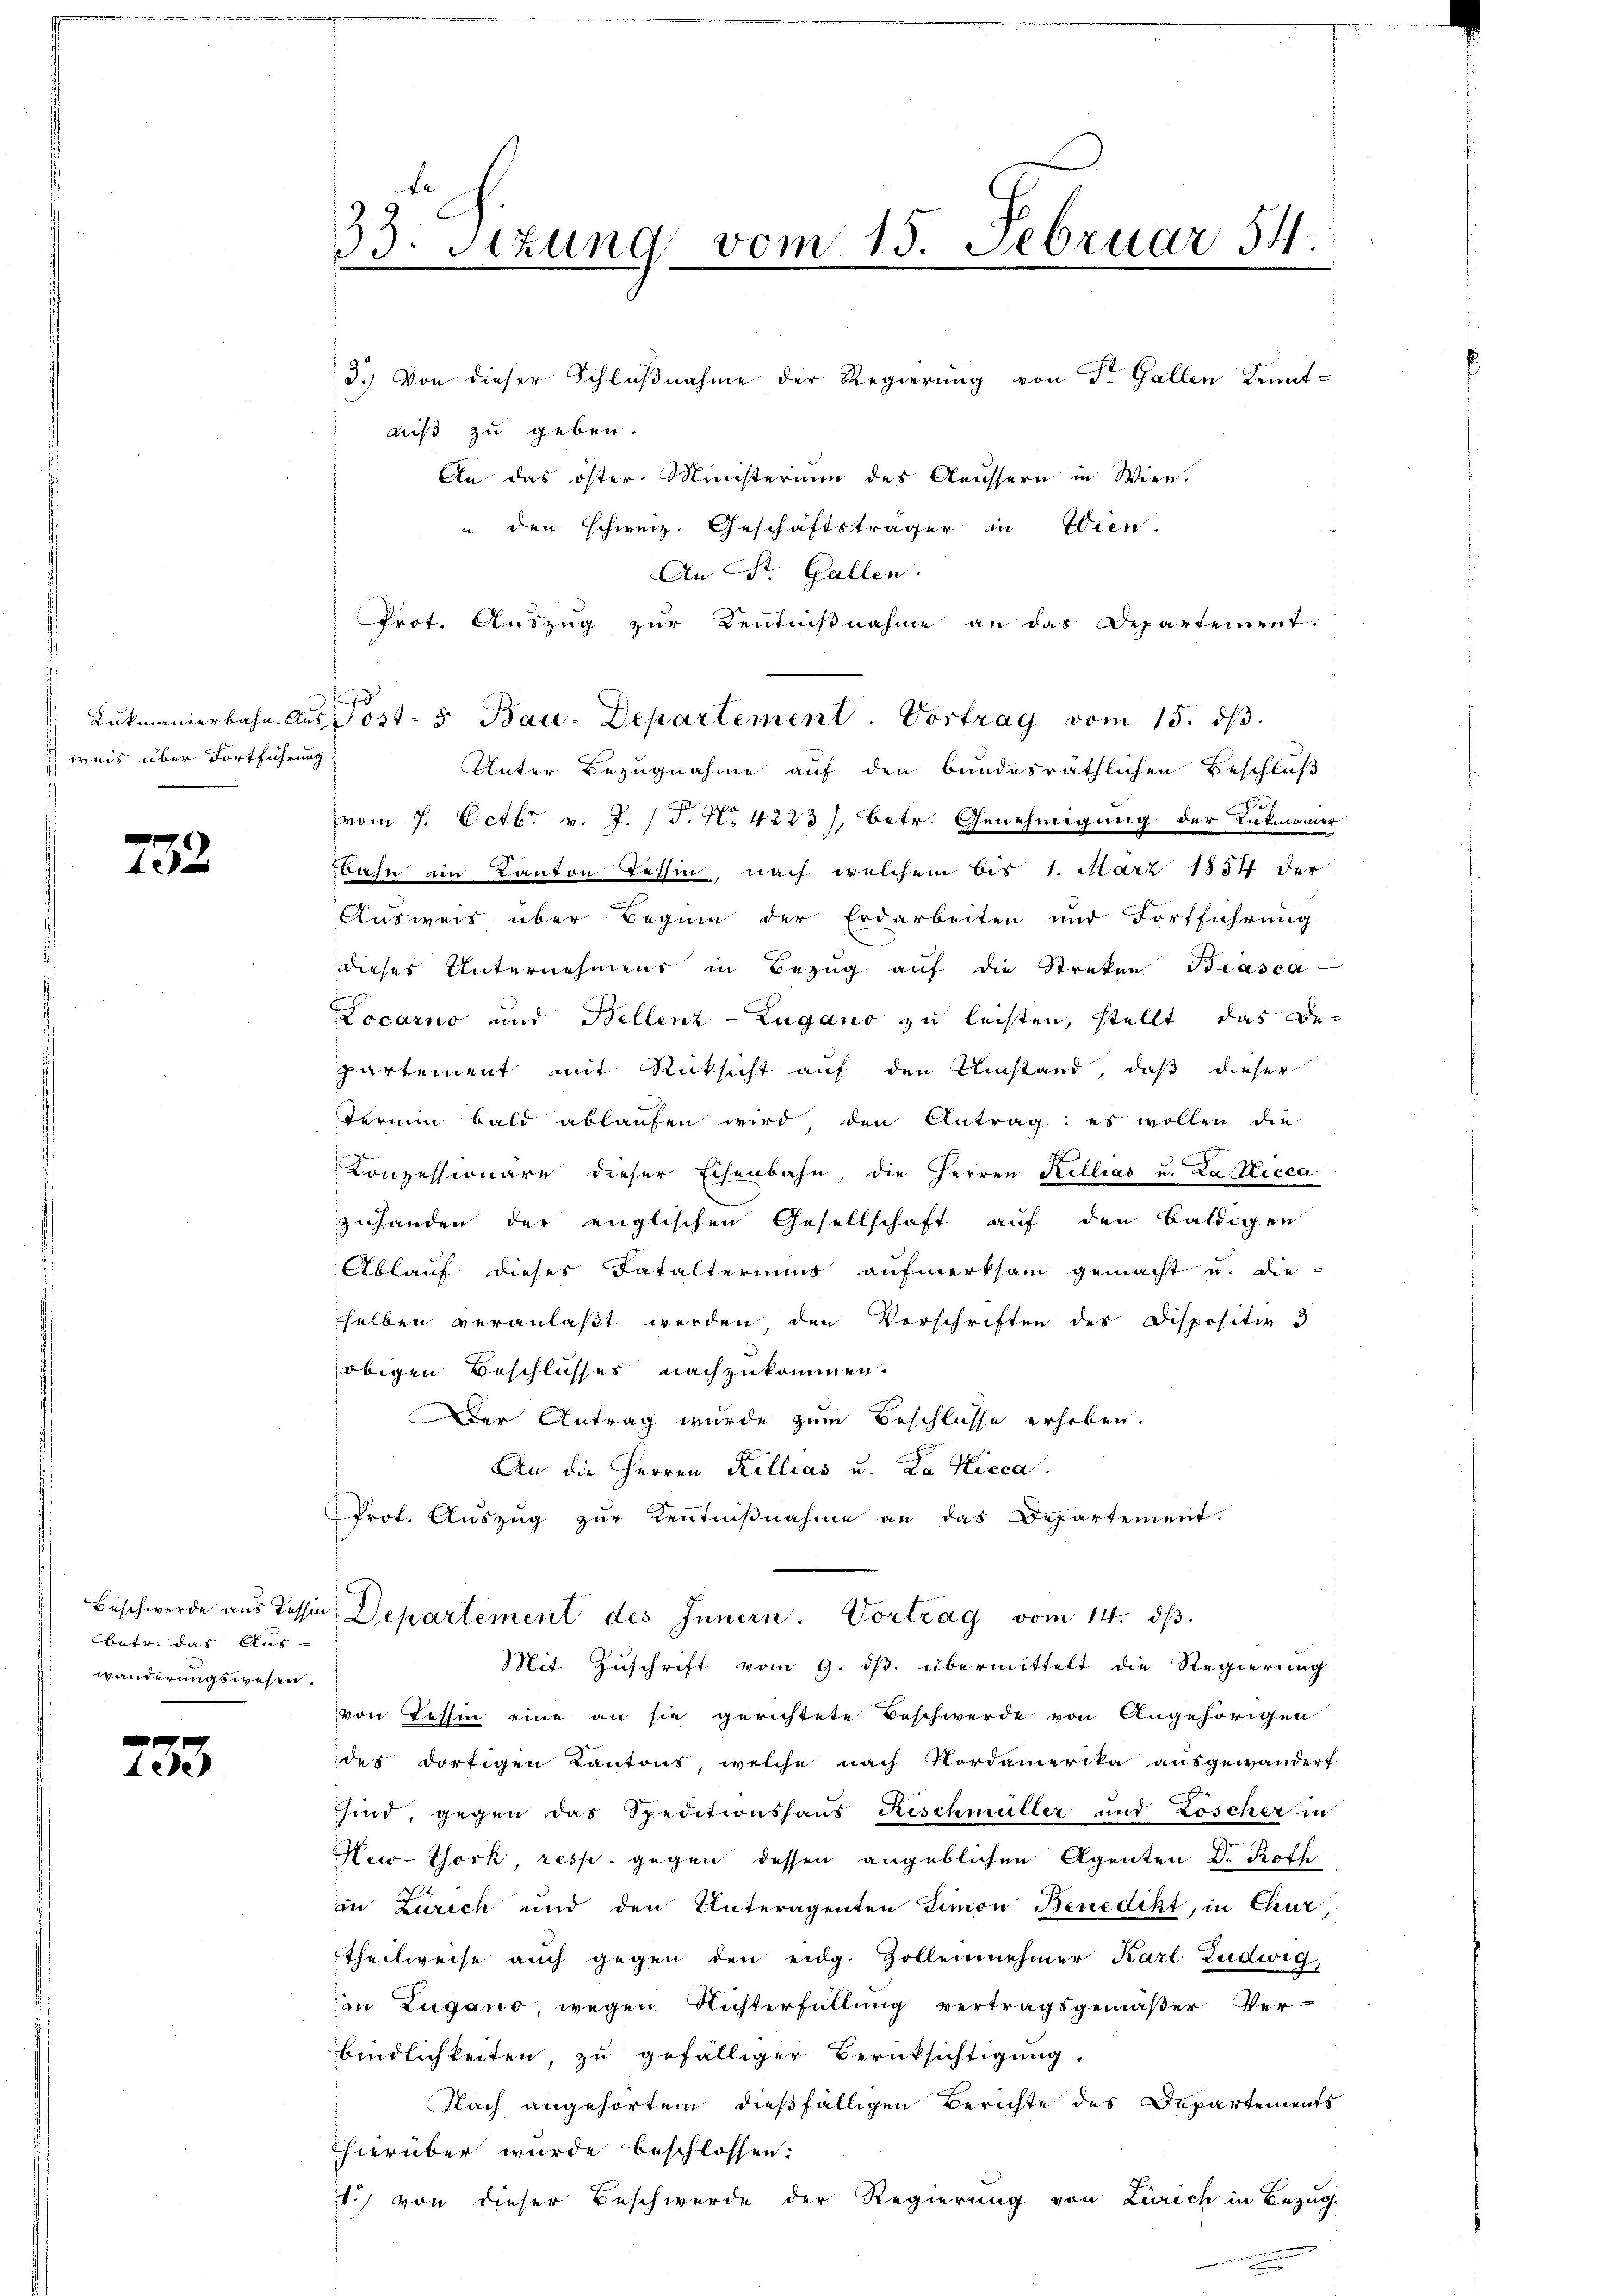
weis über Fortführung

733.

betr. das Aus-
wänderungswesen.

ede

33. sezung vom 15. Februar 54.
n

3.) Von dieser Schlußnahme der Regierung von Sr. Gallen Kenntdiß zu geben.
An das öster Ministerium des Aeussern in Wien.
u den schweiz. Geschäftsträger in Wien.
An St. Gallen.
Prot. Auszug zur Kentnißnahme an das Departement.
s
Unter Bezugnahme auf den bundesräthlichen Beschluß
d
vom 7. Octbr. v. J. P. Nr. 4223), betr. Genehmigung der Lukmanner
Bahn im Kanton Tessin, nach welchem bis 1. März 1851 der
Ausweis über Beginn der Erdarbeiten und Fortführung
dieses Unternehmens in Bezug auf die Streken Biasca
Locarno und Bellenz - Zugano zu leisten, stellt, das Bepartement mit Rücksicht auf den Umstand, daß dieser
Termin bald ablaŭfen wird, den Antrag: es wollen die
Konzessionäre dieser Eisenbahn, die Herren Kellias u. Da Hicca
zuhanden der englischen Gesellschaft auf den baldigen
Ablauf dieses Fatalteriums aufmerksam gemacht u. die-
selben veranlaßt werden, den Vorschriften des Dispositiv 3
obigen Beschlusses nachzukommen.
Der Antrag wurde zum Beschlüsse erhoben.
An die Herren Killias u. La Kicca.
Prot. Auszug zur Kenntnißnahme an das Departement.
Beschwerde aus Tessin Departement des Innern Vortrag vom 14. ds.
Mit Zuschrift vom 9. ds. übermittelt die Regierung
von Tessin eine an sie gerichtete Beschwerde von Angehörigen
des dortigen Kantons, welche nach Nordamerika ausgewandert
sind, gegen das Speditionshaus Kischmüller und Löscher in
New-York, resp. gegen dessen angeblichen Agenten Dr. Koffe
in Zürich und den Unteragenten Simon Benedikt, in Chur,
theilweise auch gegen den eidg. Zollennehmer Karl Ludwig,
in Zugano, wegen Richterfüllung vertragsgemäßer Ver-
bindlichkeiten, zu gefälliger Berücksichtigung.
Nach angehörtem dießfälligen Berichte des Departements
hierüber wurde beschlossen:
1) von dieser Beschwerde der Regierung von Zürich in Bezug

Lukmanierbahn. Aŭs Post- & Bau-Departement. Vortrag vom 15. ds.